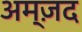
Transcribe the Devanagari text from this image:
अम्ज़द